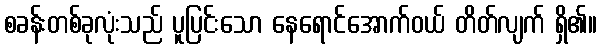
စခန်းတစ်ခုလုံးသည် ပူပြင်းသော နေရောင်အောက်ဝယ် တိတ်လျက် ရှိ၏။